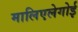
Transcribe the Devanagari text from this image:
मालिएलेगोई